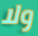
ولا